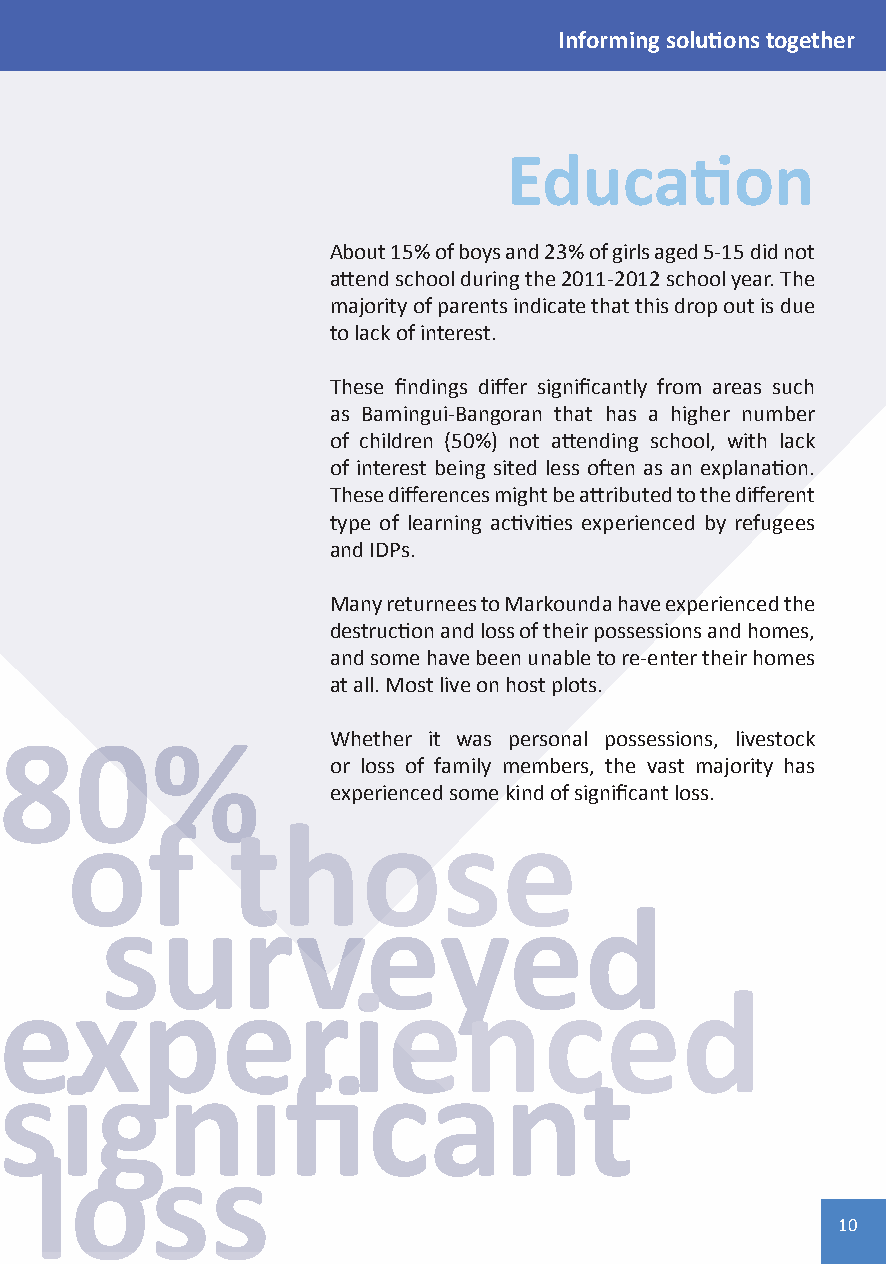
Informing solutions together
 Education
 About 15% of boys and 23% of girls aged 5-15 did not
 attend school during the 2011-2012 school year. The
 majority of parents indicate that this drop out is due
 to lack of interest.
 These findings differ significantly from areas such
 as Bamingui-Bangoran that has a higher number
 of children (50%) not attending school, with lack
 of interest being sited less often as an explanation.
 These differences might be attributed to the different
 type of learning activities experienced by refugees
 and IDPs.
 Many returnees to Markounda have experienced the
 destruction and loss of their possessions and homes,
 and some have been unable to re-enter their homes
 at all. Most live on host plots.
 80%
 Whether it was personal possessions, livestock
 or loss of family members, the vast majority has
 experienced some kind of significant loss.
 of         those
 surveyed
 experienced
 significant
 loss
 10